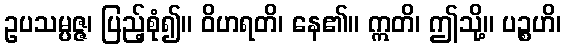
ဥပသမ္ပဇ္ဇ၊ ပြည့်စုံ၍။ ဝိဟရတိ၊ နေ၏။ ဣတိ၊ ဤသို့။ ပဉ္စဟိ၊